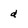
Character: d